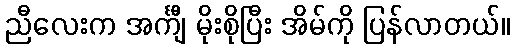
ညီလေးက အင်္ကျီ မိုးစိုပြီး အိမ်ကို ပြန်လာတယ်။